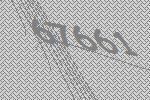
67661